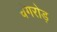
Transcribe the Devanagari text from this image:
चंगरोड़